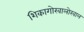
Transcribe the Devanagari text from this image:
शिकागोखालोखाल